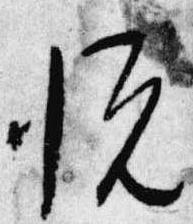
悦